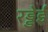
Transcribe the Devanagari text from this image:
रड्डेई